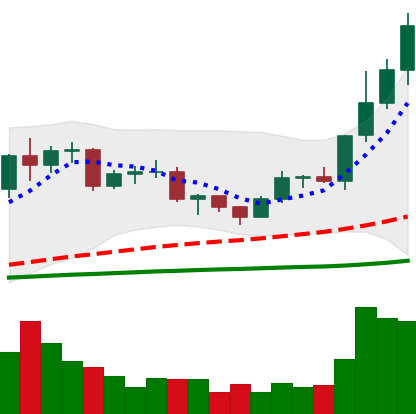
Ticker: LTC-USD
Chart end date: 2020-12-19
Forward return: -7.46%
Label: down_7plus